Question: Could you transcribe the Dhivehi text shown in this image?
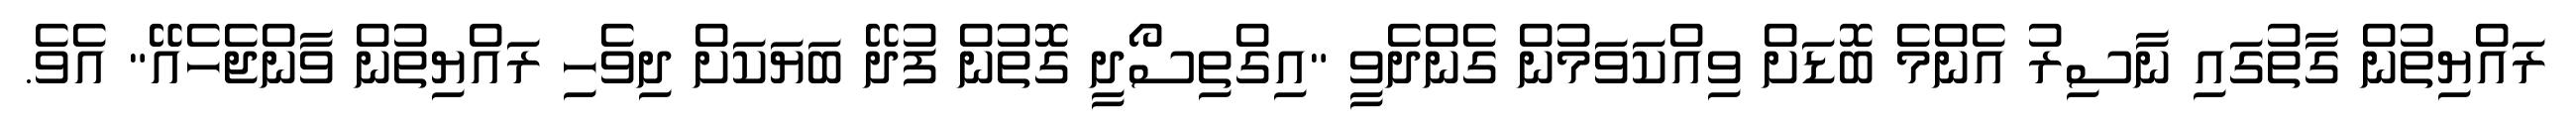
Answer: ރައްޔިތުން ގާތުގައި ނާސިރު އެންމެ ބޮޑަށް ވިއްކަވަމުން ގެންދެވީ "އިގްތިސޯދީ ގޮތުން ފުދޭ ބަޔަކަށް ދިވެހި ރައްޔިތުން ވާންޖެހެއޭ" އެވެ.